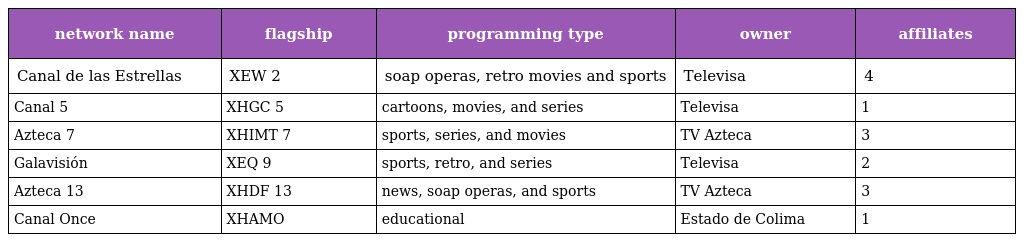
| network name | flagship | programming type | owner | affiliates |
 | --- | --- | --- | --- | --- |
 | Canal de las Estrellas | XEW 2 | soap operas, retro movies and sports | Televisa | 4 |
 | Canal 5 | XHGC 5 | cartoons, movies, and series | Televisa | 1 |
 | Azteca 7 | XHIMT 7 | sports, series, and movies | TV Azteca | 3 |
 | Galavisión | XEQ 9 | sports, retro, and series | Televisa | 2 |
 | Azteca 13 | XHDF 13 | news, soap operas, and sports | TV Azteca | 3 |
 | Canal Once | XHAMO | educational | Estado de Colima | 1 |